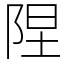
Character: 陧